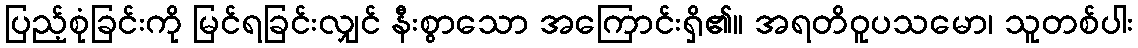
ပြည့်စုံခြင်းကို မြင်ရခြင်းလျှင် နီးစွာသော အကြောင်းရှိ၏။ အရတိဝူပသမော၊ သူတစ်ပါး